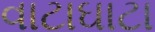
વાટાઘાટા